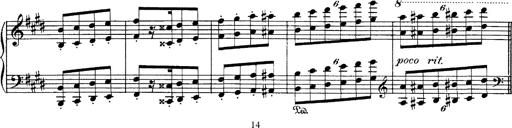
Title: Hungarian Rhapsody No.1
Composer: Franz Liszt
Key: C-sharp minor